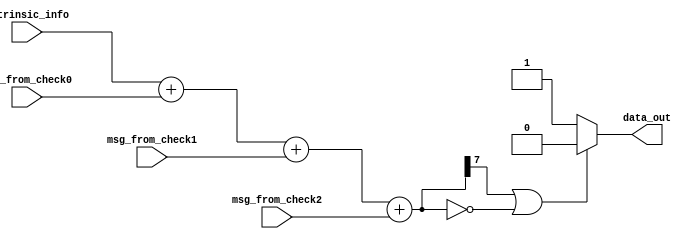
`timescale 1ns / 1ps

//for all iterations after first and before the last hard decoding iteration
module vnu_h	(intrinsic_info, 
				msg_from_check0, 
				msg_from_check1, 
				msg_from_check2, 
				data_out
				);

//inputs - inputs from check nodes in prev iter
//outputs - output to check nodes in cur iter

input 			[7:0] intrinsic_info;
input 			[7:0] msg_from_check0;
input 			[7:0] msg_from_check1;
input 			[7:0] msg_from_check2;
output reg 			  data_out;
reg 			[7:0] vnu_data_out;

//if the total sum is <= zero => decoded bit is 0
//if the total sum > zero => decoded bit is 1
always @(msg_from_check0 or msg_from_check1 or msg_from_check2)
begin 
	vnu_data_out = intrinsic_info + msg_from_check0 + msg_from_check1 + msg_from_check2; 
	if(vnu_data_out[7] == 1 || vnu_data_out == 8'b0) begin //negative number
		data_out <= 0;
	end
	else begin //positive number
		data_out <= 1;
	end
end

endmodule